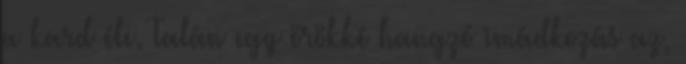
a kard éle. Talán egy örökké hangzó imádkozás az,